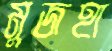
মুজহা